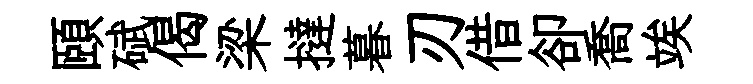
頤碔偈梁撻暮刃借卻喬竢